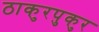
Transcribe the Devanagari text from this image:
ठाकुरपुकुर